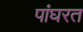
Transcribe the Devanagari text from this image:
पांघरत